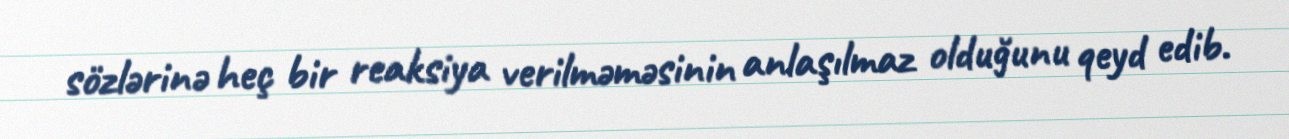
sözlərinə heç bir reaksiya verilməməsinin anlaşılmaz olduğunu qeyd edib.